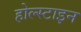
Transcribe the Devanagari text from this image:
होल्स्टाइन